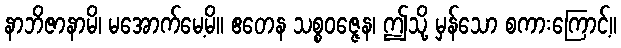
နာဘိဇာနာမိ၊ မအောက်မေ့မိ။ ဧတေန သစ္စဝဇ္ဇေန၊ ဤသို့ မှန်သော စကားကြောင့်။